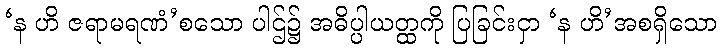
‘န ဟိ ဇရာမရဏံ’စသော ပါဌ်၌ အဓိပ္ပါယတ္ထကို ပြခြင်းငှာ ‘န ဟိ’အစရှိသော